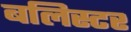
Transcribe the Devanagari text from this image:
बलिस्टर